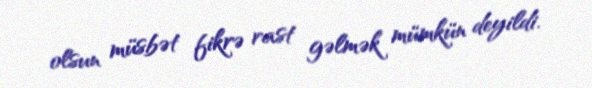
olsun müsbət fikrə rast gəlmək mümkün deyildi.